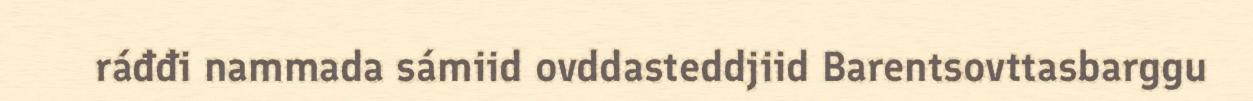
ráđđi nammada sámiid ovddasteddjiid Barentsovttasbarggu